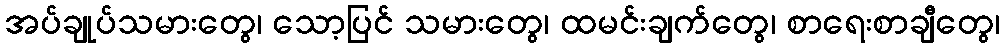
အပ်ချုပ်သမားတွေ၊ သော့ပြင် သမားတွေ၊ ထမင်းချက်တွေ၊ စာရေးစာချီတွေ၊